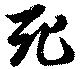
死